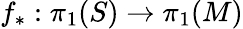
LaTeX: f_{*}:\pi_{1}(S)\to\pi_{1}(M)